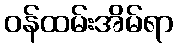
ဝန်ထမ်းအိမ်ရာ